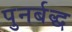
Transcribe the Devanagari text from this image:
पुनर्बद्ध